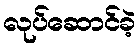
လုပ်ဆောင်ခဲ့